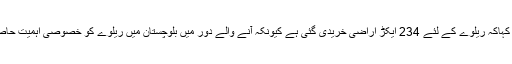
انہوں نے کہاکہ ریلوے کے لئے 234 ایکڑ اراضی خریدی گئی ہے کیونکہ آنے والے دور میں بلوچستان میں ریلوے کو خصوصی اہمیت حاصل ہوگی ۔